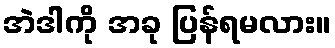
အဲဒါကို အခု ပြန်ရမလား။